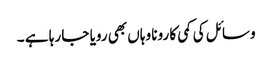
وسائل کی کمی کا رونا وہاں بھی رویا جا رہا ہے ۔